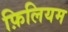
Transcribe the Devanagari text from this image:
फ़िलियम